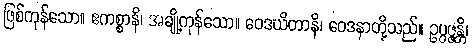
ဖြစ်ကုန်သော။ ဧကစ္စာနိ၊ အချို့ကုန်သော။ ဝေဒယိတာနိ၊ ဝေဒနာတို့သည်။ ဥပ္ပဇ္ဇန္တိ၊